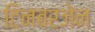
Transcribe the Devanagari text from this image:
टिनबरजेन